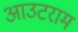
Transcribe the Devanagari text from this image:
आउटराम